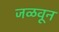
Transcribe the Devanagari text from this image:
जळवून